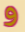
و